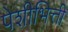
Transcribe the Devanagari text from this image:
पेशीभित्ती